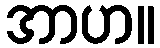
အာဟ။